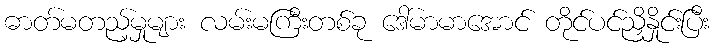
ဓာတ်မတည့်မှုများ လမ်းမကြီးတစ်ခု ဒေါ်မာမာအောင် တိုင်ပင်ညှိနှိုင်းပြီး